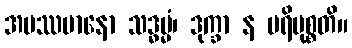
အပဿမာနော သဒ္ဓမ္မံ၊ ဒုက္ခာ န ပရိမုစ္စတိ။